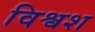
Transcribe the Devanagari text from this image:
विश्वश